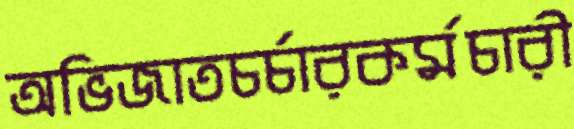
অভিজাতচর্চারকর্মচারী